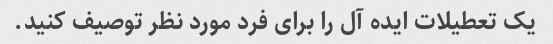
یک تعطیلات ایده آل را برای فرد مورد نظر توصیف کنید.